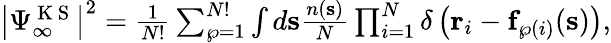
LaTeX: \begin{array}{r}{\big|\Psi_{\infty}^{\mathrm{~K~S~}}\big|^{2}=\frac{1}{N!}\sum_{\wp=1}^{N!}\int d\textbf{s}\frac{n(\textbf{s})}{N}\prod_{i=1}^{N}\delta\left(\textbf{r}_{i}-\textbf{f}_{\wp(i)}(\textbf{s})\right),}\end{array}